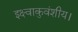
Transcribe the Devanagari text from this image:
इक्ष्वाकुवंशीय।